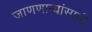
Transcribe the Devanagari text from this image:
जाणणार्‍यांसाठी